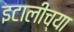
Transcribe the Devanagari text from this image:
इटालीच्या